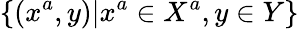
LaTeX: \left\{ (x^{a},y)|x^{a}\in X^{a},y\in Y\right\}